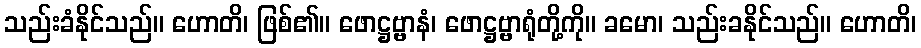
သည်းခံနိုင်သည်။ ဟောတိ၊ ဖြစ်၏။ ဖောဋ္ဌဗ္ဗာနံ၊ ဖောဋ္ဌဗ္ဗာရုံတို့ကို။ ခမော၊ သည်းခနိုင်သည်။ ဟောတိ၊